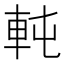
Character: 軘